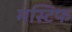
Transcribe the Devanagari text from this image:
मस्टिफ